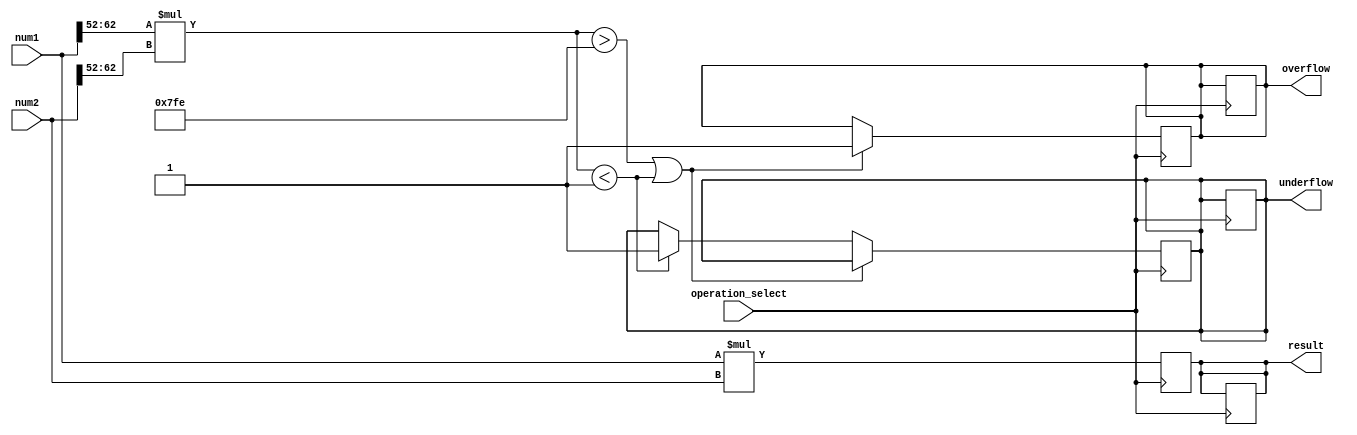
module double_precision_fpu (
    input wire [63:0] num1,
    input wire [63:0] num2,
    input wire operation_select, // 0 for addition, 1 for multiplication
    output reg [63:0] result,
    output reg overflow,
    output reg underflow
);

// Addition block
always @ (posedge operation_select) begin
    if (operation_select == 0) begin
        result <= num1 + num2; // Perform addition operation
        // Handle overflow and underflow conditions
        if (((num1[62:52] + num2[62:52]) > 2046) || ((num1[62:52] + num2[62:52]) < 1)) begin
            overflow <= 1; // Set overflow flag
        end else if ((num1[62:52] + num2[62:52]) < 1) begin
            underflow <= 1; // Set underflow flag
        end
    end
end

// Multiplication block
always @ (posedge operation_select) begin
    if (operation_select == 1) begin
        result <= num1 * num2; // Perform multiplication operation
        // Handle overflow and underflow conditions
        if (((num1[62:52] * num2[62:52]) > 2046) || ((num1[62:52] * num2[62:52]) < 1)) begin
            overflow <= 1; // Set overflow flag
        end else if ((num1[62:52] * num2[62:52]) < 1) begin
            underflow <= 1; // Set underflow flag
        end
    end
end

endmodule